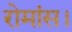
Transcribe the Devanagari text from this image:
रोमांस।